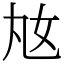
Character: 奿